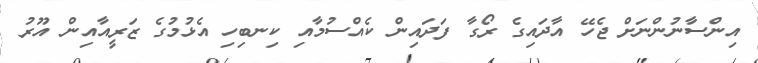
އިންސާނުންނަށް ޖެހޭ އާދައިގެ ރޯގާ ފަދައިން ކެއްސުމާއި ކިނބިހި އެޅުމުގެ ޒަރީއާއިން އޫރު